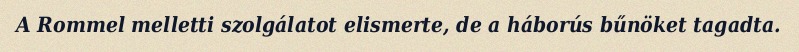
A Rommel melletti szolgálatot elismerte, de a háborús bűnöket tagadta.